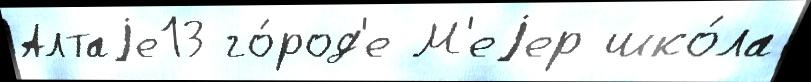
Алтаjе13 го́род'е М'еjер шко́ла